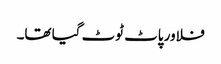
فلاور پاٹ ٹوٹ گیا تھا۔